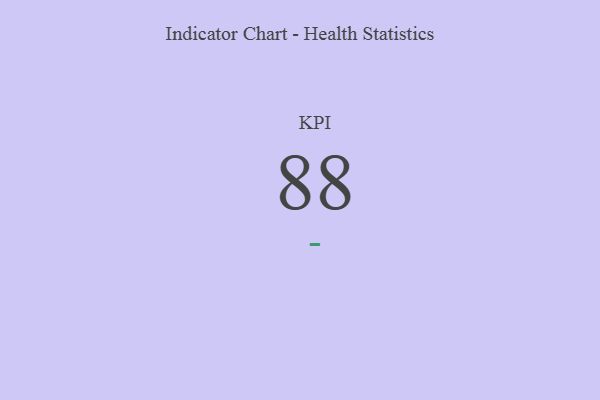
{"axis": {"x": "KPI", "y": "Value"}, "legend": [""], "data": [{"x": "KPI", "y": 88, "type": ""}]}